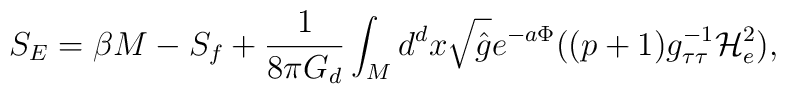
S_{E} = \beta M - S_{f} + \frac{1}{8 \pi G_{d}} \int_{M} d^{d}x \sqrt{\hat{g}} e^{-a\Phi}((p+1) g_{\tau\tau}^{-1} {\mathcal H}_{e}^{2}),